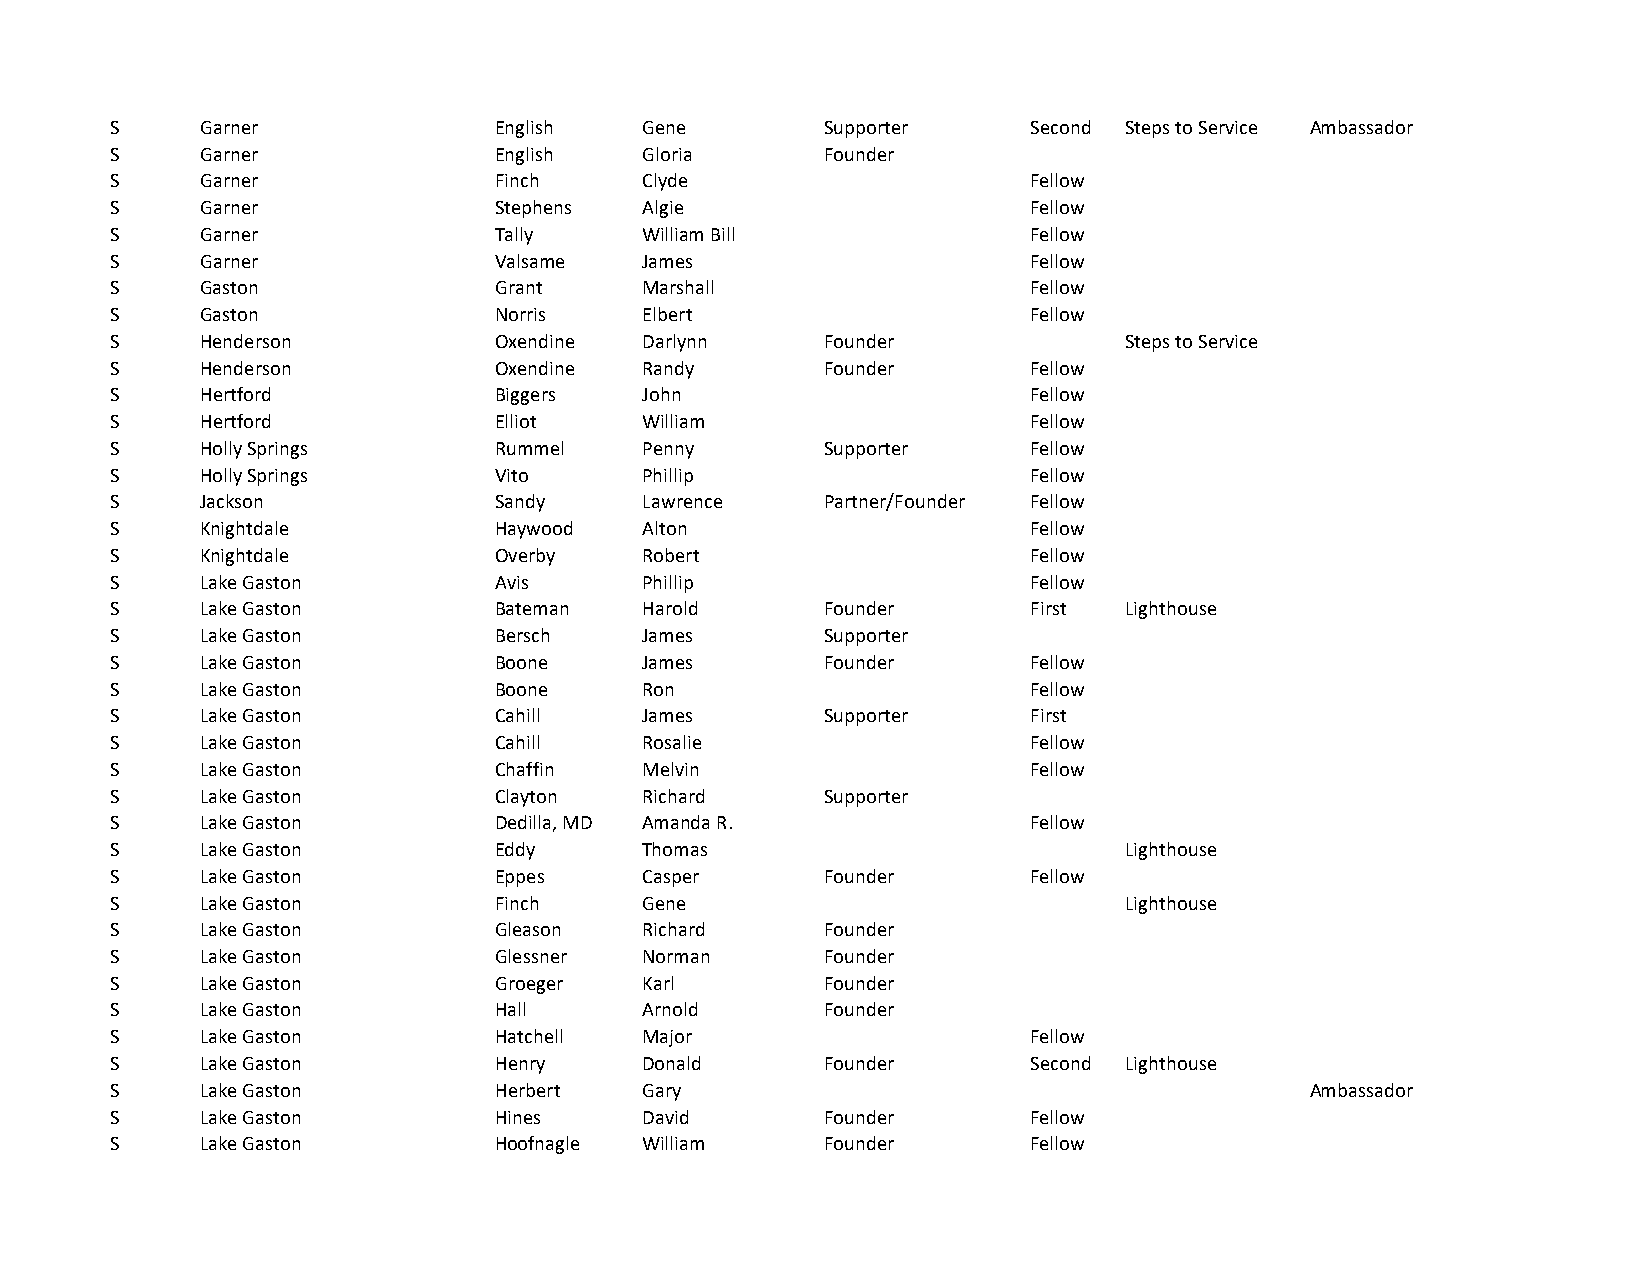
S     Garner              English   Gene        Supporter    Second Steps to Service Ambassador
 S     Garner              English   Gloria      Founder
 S     Garner              Finch     Clyde                    Fellow
 S     Garner              Stephens  Algie                    Fellow
 S     Garner              Tally     William Bill             Fellow
 S     Garner              Valsame   James                    Fellow
 S     Gaston              Grant     Marshall                 Fellow
 S     Gaston              Norris    Elbert                   Fellow
 S     Henderson           Oxendine  Darlynn     Founder            Steps to Service
 S     Henderson           Oxendine  Randy       Founder      Fellow
 S     Hertford            Biggers   John                     Fellow
 S     Hertford            Elliot    William                  Fellow
 S     Holly Springs       Rummel    Penny       Supporter    Fellow
 S     Holly Springs       Vito      Phillip                  Fellow
 S     Jackson             Sandy     Lawrence    Partner/Founder Fellow
 S     Knightdale          Haywood   Alton                    Fellow
 S     Knightdale          Overby    Robert                   Fellow
 S     Lake Gaston         Avis      Phillip                  Fellow
 S     Lake Gaston         Bateman   Harold      Founder      First Lighthouse
 S     Lake Gaston         Bersch    James       Supporter
 S     Lake Gaston         Boone     James       Founder      Fellow
 S     Lake Gaston         Boone     Ron                      Fellow
 S     Lake Gaston         Cahill    James       Supporter    First
 S     Lake Gaston         Cahill    Rosalie                  Fellow
 S     Lake Gaston         Chaffin   Melvin                   Fellow
 S     Lake Gaston         Clayton   Richard     Supporter
 S     Lake Gaston         Dedilla, MD Amanda R.              Fellow
 S     Lake Gaston         Eddy      Thomas                         Lighthouse
 S     Lake Gaston         Eppes     Casper      Founder      Fellow
 S     Lake Gaston         Finch     Gene                           Lighthouse
 S     Lake Gaston         Gleason   Richard     Founder
 S     Lake Gaston         Glessner  Norman      Founder
 S     Lake Gaston         Groeger   Karl        Founder
 S     Lake Gaston         Hall      Arnold      Founder
 S     Lake Gaston         Hatchell  Major                    Fellow
 S     Lake Gaston         Henry     Donald      Founder      Second Lighthouse
 S     Lake Gaston         Herbert   Gary                                        Ambassador
 S     Lake Gaston         Hines     David       Founder      Fellow
 S     Lake Gaston         Hoofnagle William     Founder      Fellow